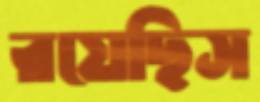
রয়েছিস